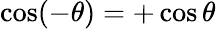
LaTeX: \cos(-\theta)=+\cos\theta